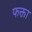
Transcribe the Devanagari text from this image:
फक्ता